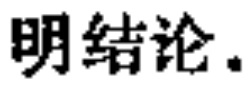
明结论.